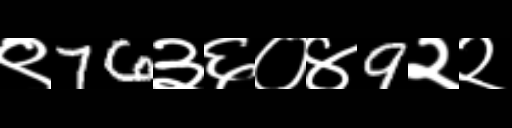
Text: ९76३६०४9२२